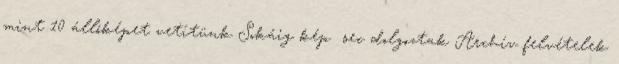
mint 10 állóképet vetítünk Sokáig kép sec dolgoztak Archív felvételek